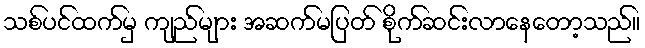
သစ်ပင်ထက်မှ ကျည်များ အဆက်မပြတ် စိုက်ဆင်းလာနေတော့သည်။